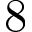
8